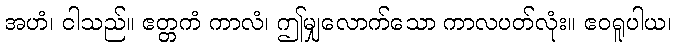
အဟံ၊ ငါသည်။ ဧတ္တကံ ကာလံ၊ ဤမျှလောက်သော ကာလပတ်လုံး။ ဧဝရူပါယ၊